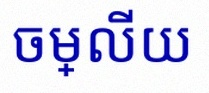
ចម្លើយ